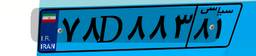
۷۸D۸۸۳۸۱